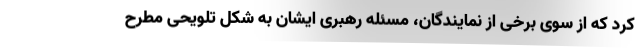
کرد که از سوی برخی از نمایندگان، مسئله رهبری ایشان به شکل تلویحی مطرح